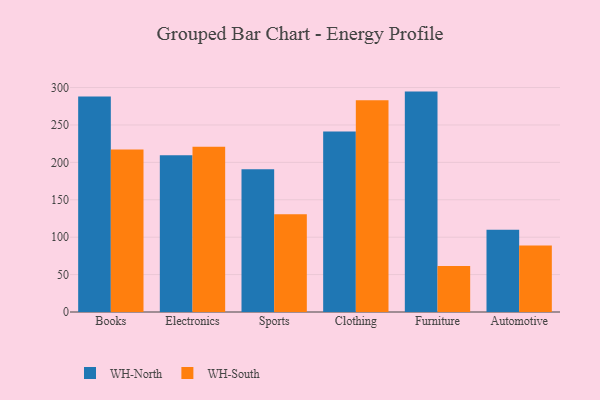
{"axis": {"x": "Category", "y": "Budget (USD K)"}, "legend": ["WH-North", "WH-South"], "data": [{"x": "Books", "y": 287.9, "type": "WH-North"}, {"x": "Books", "y": 217.3, "type": "WH-South"}, {"x": "Electronics", "y": 209.5, "type": "WH-North"}, {"x": "Electronics", "y": 220.9, "type": "WH-South"}, {"x": "Sports", "y": 190.8, "type": "WH-North"}, {"x": "Sports", "y": 130.7, "type": "WH-South"}, {"x": "Clothing", "y": 241.4, "type": "WH-North"}, {"x": "Clothing", "y": 283.2, "type": "WH-South"}, {"x": "Furniture", "y": 294.6, "type": "WH-North"}, {"x": "Furniture", "y": 61.4, "type": "WH-South"}, {"x": "Automotive", "y": 109.9, "type": "WH-North"}, {"x": "Automotive", "y": 89.0, "type": "WH-South"}]}